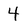
Character: 4